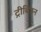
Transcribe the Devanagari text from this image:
ट्रीबिउन